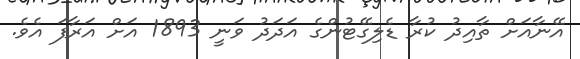
އޭނާއަށް ތާއިދު ކުރާ ޑެލިގޭޓުންގެ އަދަދު ވަނީ 1893 އަށް އަރާފަ އެވެ.